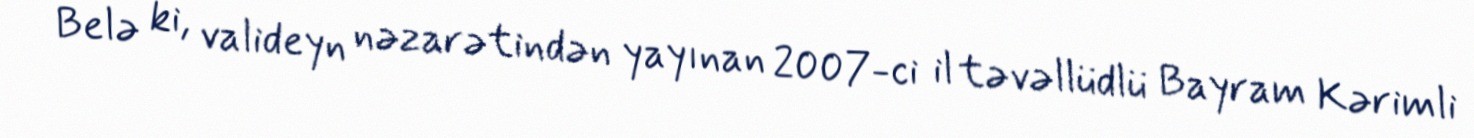
Belə ki, valideyn nəzarətindən yayınan 2007-ci il təvəllüdlü Bayram Kərimli